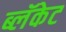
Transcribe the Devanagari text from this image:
ब्लॅकेट